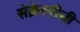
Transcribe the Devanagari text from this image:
सेक्रेटरीची